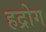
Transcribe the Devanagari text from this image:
हद्रोग